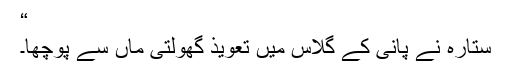
“
ستارہ نے پانی کے گلاس میں تعویذ گھولتی ماں سے پوچھا۔